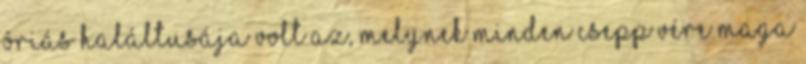
óriás haláltusája volt az, melynek minden csepp vére maga